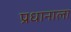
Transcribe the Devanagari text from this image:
प्रधानाला